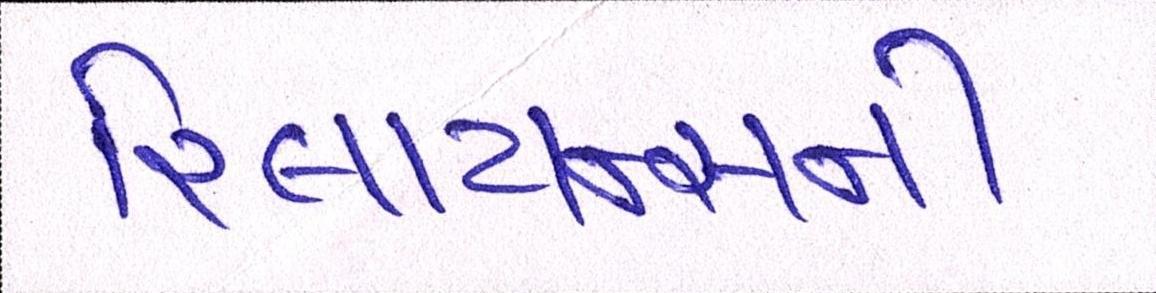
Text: રિલાયન્સની